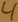
Text: 4